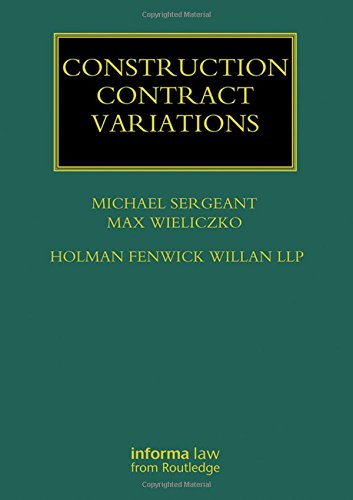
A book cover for Construction Contract Variations (Construction Practice Series); Michael Sergeant; Law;